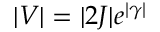
| V | = | 2 J | e ^ { | \gamma | }